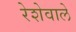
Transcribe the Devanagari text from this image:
रेशेवाले